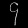
Digit: ၄